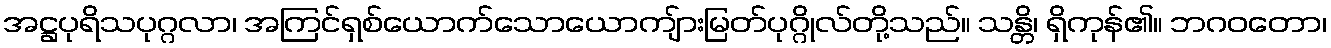
အဋ္ဌပုရိသပုဂ္ဂလာ၊ အကြင်ရှစ်ယောက်သောယောကျ်ားမြတ်ပုဂ္ဂိုလ်တို့သည်။ သန္တိ၊ ရှိကုန်၏။ ဘဂဝတော၊